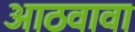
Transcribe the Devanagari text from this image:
आठवावा